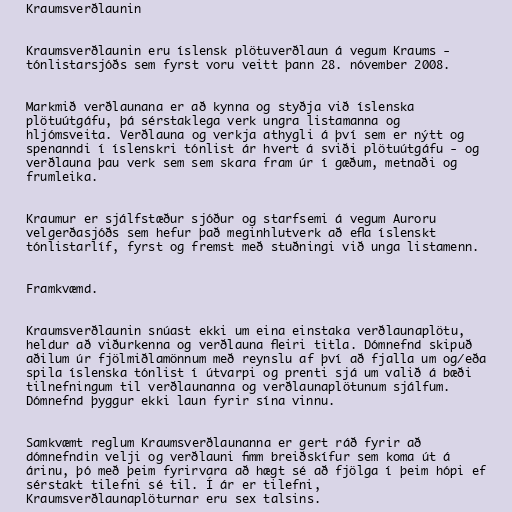
Kraumsverðlaunin

Kraumsverðlaunin eru íslensk plötuverðlaun á vegum Kraums -
tónlistarsjóðs sem fyrst voru veitt þann 28. nóvember 2008.

Markmið verðlaunana er að kynna og styðja við íslenska
plötuútgáfu, þá sérstaklega verk ungra listamanna og
hljómsveita. Verðlauna og verkja athygli á því sem er nýtt og
spenanndi í íslenskri tónlist ár hvert á sviði plötuútgáfu - og
verðlauna þau verk sem sem skara fram úr í gæðum, metnaði og
frumleika.

Kraumur er sjálfstæður sjóður og starfsemi á vegum Auroru
velgerðasjóðs sem hefur það meginhlutverk að efla íslenskt
tónlistarlíf, fyrst og fremst með stuðningi við unga listamenn.

Framkvæmd.

Kraumsverðlaunin snúast ekki um eina einstaka verðlaunaplötu,
heldur að viðurkenna og verðlauna fleiri titla. Dómnefnd skipuð
aðilum úr fjölmiðlamönnum með reynslu af því að fjalla um og/eða
spila íslenska tónlist í útvarpi og prenti sjá um valið á bæði
tilnefningum til verðlaunanna og verðlaunaplötunum sjálfum.
Dómnefnd þyggur ekki laun fyrir sína vinnu.

Samkvæmt reglum Kraumsverðlaunanna er gert ráð fyrir að
dómnefndin velji og verðlauni fimm breiðskífur sem koma út á
árinu, þó með þeim fyrirvara að hægt sé að fjölga í þeim hópi ef
sérstakt tilefni sé til. Í ár er tilefni,
Kraumsverðlaunaplöturnar eru sex talsins.